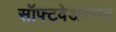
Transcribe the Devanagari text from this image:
सॉफ्टवेअरसह